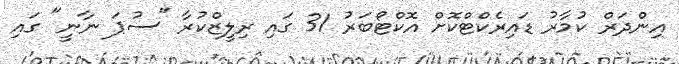
އިންދަރް ކުމާރު ޑައިރެކްޓްކޮށް އޮކްޓޯބަރު 31 ގައި ރިލީޒްކުރާ "ސުޕަ ނާނީ" ގައި